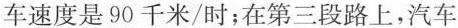
车速度是90千米/时；在第三段路上，汽车